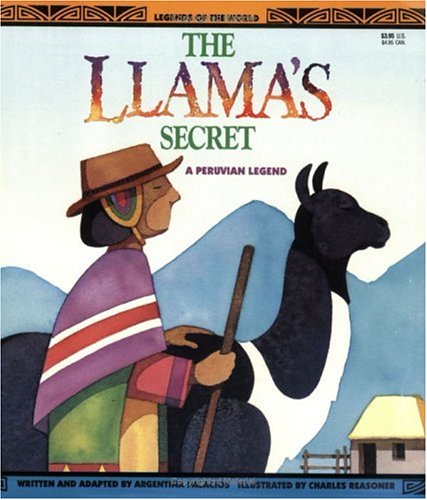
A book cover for The Llama's Secret - A Peruvian Legend (Legends of the World); Palacios; Children's Books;